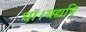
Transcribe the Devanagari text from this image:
था।यद्यपि